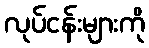
လုပ်ငန်းများကို